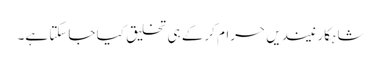
شاہکار نیندیں حرام کرکے ہی تخلیق کیا جاسکتا ہے۔